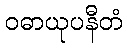
ဝဓာယုပနီတံ